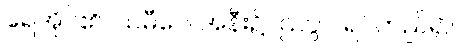
ရေအိုင်၏။ သမီပေ၊ အနီး၌။ ဌတွာ၊ ရပ်တည်၍။